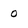
Character: 0